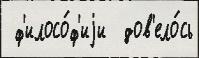
 ф'илосо́ф'иjи  дов'ело́сь